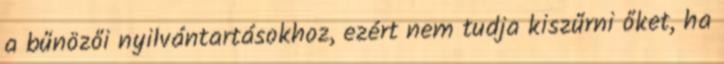
a bűnözői nyilvántartásokhoz, ezért nem tudja kiszűrni őket, ha